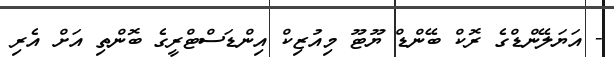
- އަޔަލޭންޑްގެ ރޮކް ބޭންޑް ޔޫޓޫ މިއުޒިކް އިންޑަސްޓްރީގެ ބޮންތި އަށް އެރި